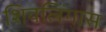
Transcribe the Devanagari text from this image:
शिवलिंगास